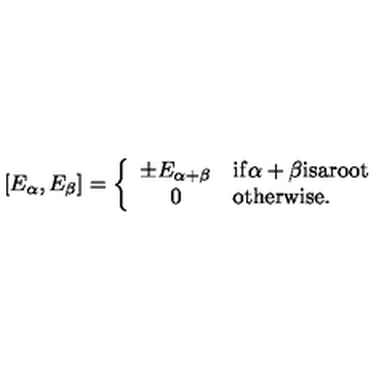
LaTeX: [ E _ { \alpha } , E _ { \beta } ] = \left\{ \begin{array} { c l } { \pm E _ { \alpha + \beta } } & { \mathrm { i f \alpha + \beta i s a r o o t } } \\ { 0 } & { \mathrm { o t h e r w i s e } . } \\ \end{array} \right.